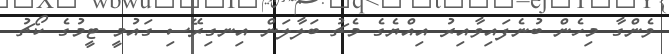
ވެންގާ މިހެން ބުނެފައިވާއިރު އިއްޔެގެ މެޗު ބަލާލަން އިނގިރޭސި ގައުމީ ޓީމުގެ ކޯޗު